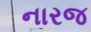
નારજ